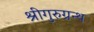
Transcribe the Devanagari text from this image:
श्रीगुरुग्रन्थ